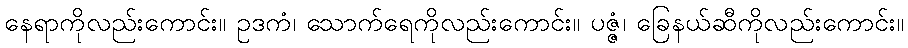
နေရာကိုလည်းကောင်း။ ဥဒကံ၊ သောက်ရေကိုလည်းကောင်း။ ပဇ္ဇံ၊ ခြေနယ်ဆီကိုလည်းကောင်း။